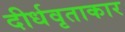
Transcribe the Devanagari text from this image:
दीर्धवृताकार